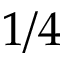
1 / 4